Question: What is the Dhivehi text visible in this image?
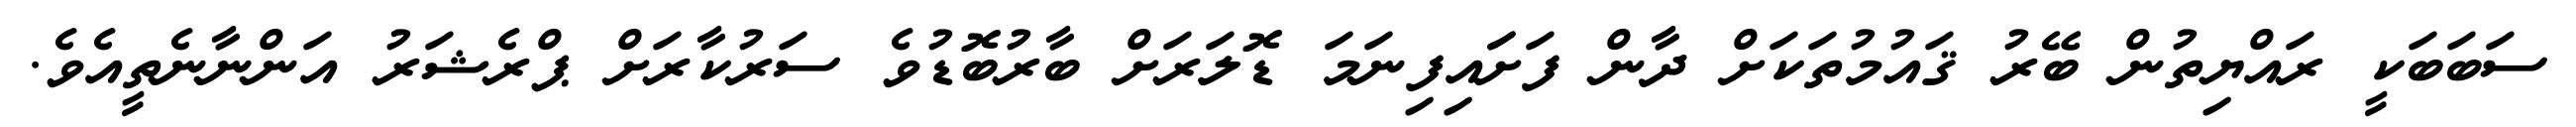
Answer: ސަބަބަކީ ރައްޔިތުން ބޭރު ޤައުމުތަކަށް ދާން ފަށަައިފިނަމަ ޑޮލަރަށް ބާރުބޮޑުވެ ސަރުކާރަށް ޕްރެޝަރު އަންނާނެތީއެވެ.